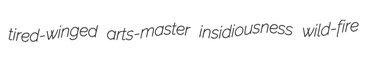
tired-winged arts-master insidiousness wild-fire